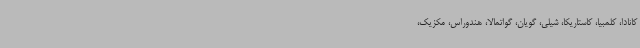
کانادا، کلمبیا، کاستاریکا، شیلی، گویان، گواتمالا، هندوراس، مکزیک،